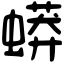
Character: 蟒